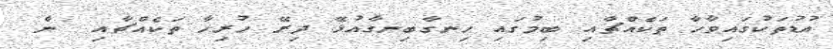
އުޑުތަކުގައިވާހާ ތަކެއްޗާއި ބިމުގައި ހިނގާބިނގާއުޅޭ ދިރޭ ހުރިހާ ތަކެއްޗާއި  ން